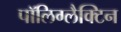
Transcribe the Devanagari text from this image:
पॉलिग्लैक्टिन